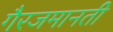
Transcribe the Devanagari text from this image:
गैरजमानती